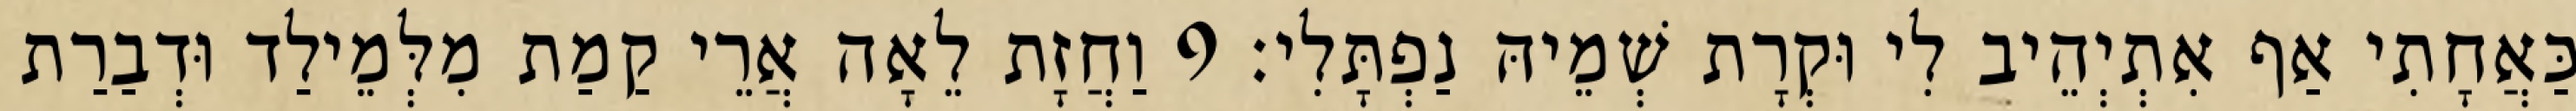
כַּאֲחָתִי אַף אִתְיְהֵיב לִי וּקְרָת שְׁמֵיהּ נַפְתָּלִי׃ 9 וַחֲזָת לֵאָה אֲרֵי קַמַת מִלְּמֵילַד וּדְבַרַת